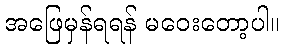
အဖြေမှန်ရရန် မဝေးတော့ပါ။